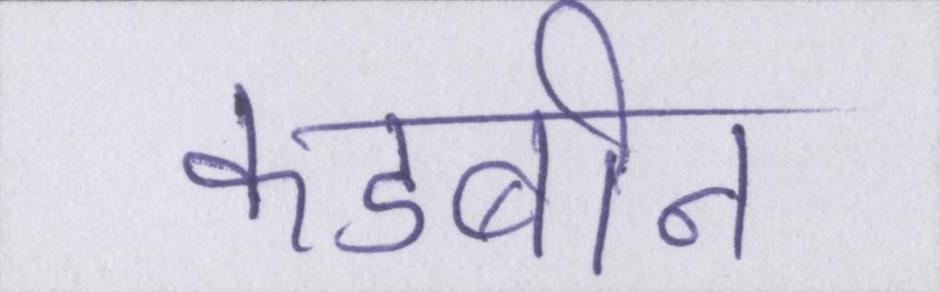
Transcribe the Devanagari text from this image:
कडाबीन